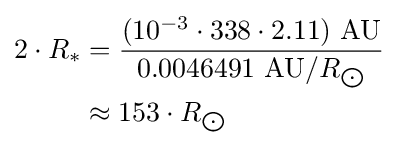
{\begin{aligned}2\cdot R_{*}&={\frac {(10^{-3}\cdot 338\cdot 2.11)\ {\text{AU}}}{0.0046491\ {\text{AU}}/R_{\bigodot }}}\\&\approx 153\cdot R_{\bigodot }\end{aligned}}